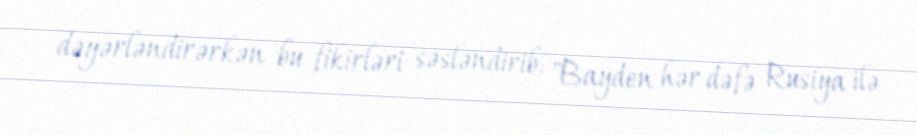
dəyərləndirərkən bu fikirləri səsləndirib: "Bayden hər dəfə Rusiya ilə